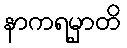
နာကရမှာတိ